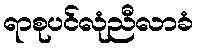
ရာစုပင်လုံညီလာခံ